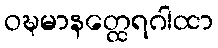
ဝဍ္ဎမာနတ္ထေရဂါထာ